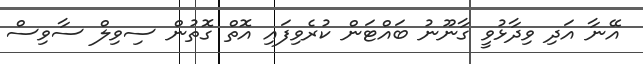
އޭނާ އަދި ވިދާޅުވީ ގާނޫނު ބައްޓަން ކުރެވިފައި އޮތް ގޮތުން ސިވިލް ސާވިސް